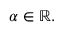
\alpha \in \mathbb { R } .